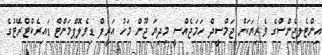
އިންޓެލިޖެންސްގެ ވެރިޔަކަށް ޖަމްސީދް ހަމަޖެއްސީ މިދިޔަ ޖޫން މަހު އަރީފް ޑިވެލޮޕްމަންޓް ޑައިރެކްޓްރޭޓުގެ